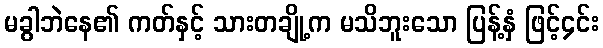
မခွါဘဲနေ၏ ကတ်နှင့် သားတချို့က မသိဘူးသော ပြန့်နှံ ဖြင့်၄င်း